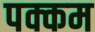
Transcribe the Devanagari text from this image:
पक्कम